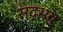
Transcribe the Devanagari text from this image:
सद्भव